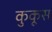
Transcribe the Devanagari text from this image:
कुकूस